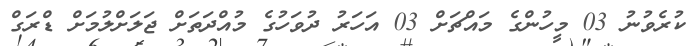
ކުރެވުނު 03 މީހުންގެ މައްޗަށް 03 އަހަރު ދުވަހުގެ މުއްދަތަށް ޖަލަށްލުމަށް ޑްރަގް